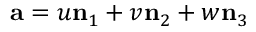
\mathbf { a } = u \mathbf { n } _ { 1 } + v \mathbf { n } _ { 2 } + w \mathbf { n } _ { 3 }